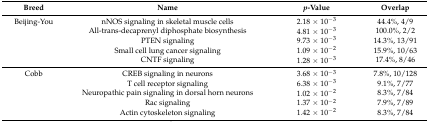
| Breed | Name | p-Value | Overlap |
 | --- | --- | --- | --- |
 | Beijing-You | nNOS signaling in skeletal muscle cells | 2.18 × 10−3 | 44.4%, 4/9 |
 |  | All-trans-decaprenyl diphosphate biosynthesis | 4.81 × 10−3 | 100.0%, 2/2 |
 |  | PTEN signaling | 9.73 × 10−3 | 14.3%, 13/91 |
 |  | Small cell lung cancer signaling | 1.09 × 10−2 | 15.9%, 10/63 |
 |  | CNTF signaling | 1.28 × 10−3 | 17.4%, 8/46 |
 | Cobb | CREB signaling in neurons | 3.68 × 10−3 | 7.8%, 10/128 |
 |  | T cell receptor signaling | 6.38 × 10−3 | 9.1%, 7/77 |
 |  | Neuropathic pain signaling in dorsal horn neurons | 1.02 × 10−2 | 8.3%, 7/84 |
 |  | Rac signaling | 1.37 × 10−2 | 7.9%, 7/89 |
 |  | Actin cytoskeleton signaling | 1.42 × 10−2 | 8.3%, 7/84 |